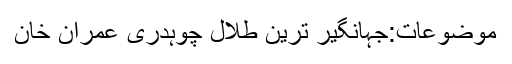
موضوعات:جہانگیر ترین طلال چوہدری عمران خان